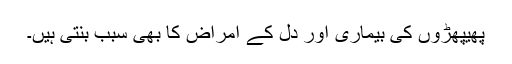
پھیپھڑوں کی بیماری اور دل کے امراض کا بھی سبب بنتی ہیں۔